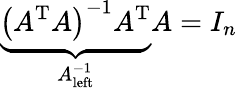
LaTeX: \underbrace{\left(A^{\mathrm{T}}A\right)^{-1}A^{\mathrm{T}}}_{A_{\mathrm{left}}^{-1}}A=I_{n}